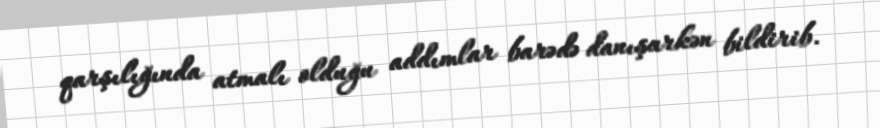
qarşılığında atmalı olduğu addımlar barədə danışarkən bildirib.